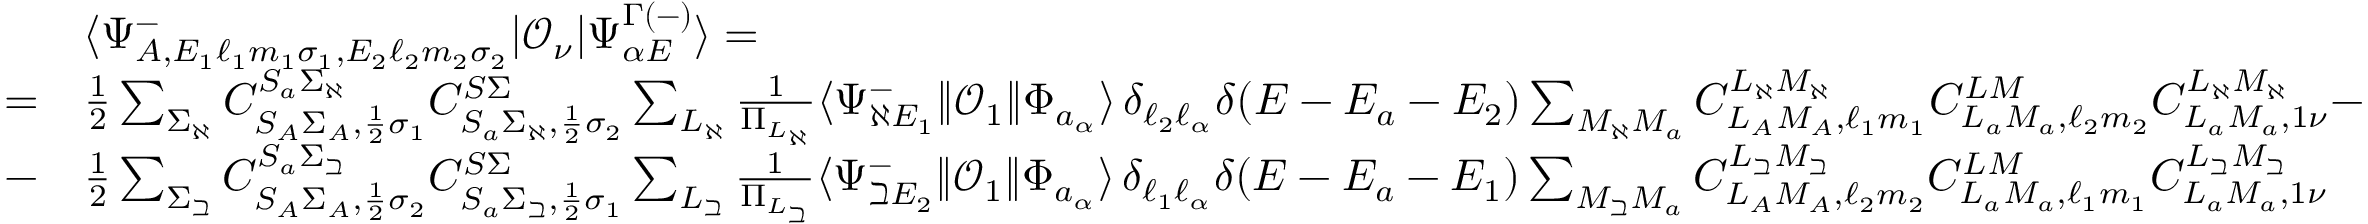
\begin{array} { r l } & { \langle \Psi _ { A , E _ { 1 } \ell _ { 1 } m _ { 1 } \sigma _ { 1 } , E _ { 2 } \ell _ { 2 } m _ { 2 } \sigma _ { 2 } } ^ { - } | \mathcal { O } _ { \nu } | \Psi _ { \alpha E } ^ { \Gamma ( - ) } \rangle = } \\ { = } & { \frac { 1 } { 2 } \sum _ { \Sigma _ { \aleph } } C _ { S _ { A } \Sigma _ { A } , \frac { 1 } { 2 } \sigma _ { 1 } } ^ { S _ { a } \Sigma _ { \aleph } } C _ { S _ { a } \Sigma _ { \aleph } , \frac { 1 } { 2 } \sigma _ { 2 } } ^ { S \Sigma } \sum _ { L _ { \aleph } } \frac { 1 } { \Pi _ { L _ { \aleph } } } \langle \Psi _ { \aleph E _ { 1 } } ^ { - } \| \mathcal { O } _ { 1 } \| \Phi _ { a _ { \alpha } } \rangle \, \delta _ { \ell _ { 2 } \ell _ { \alpha } } \delta ( E - E _ { a } - E _ { 2 } ) \sum _ { M _ { \aleph } M _ { a } } C _ { L _ { A } M _ { A } , \ell _ { 1 } m _ { 1 } } ^ { L _ { \aleph } M _ { \aleph } } C _ { L _ { a } M _ { a } , \ell _ { 2 } m _ { 2 } } ^ { L M } C _ { L _ { a } M _ { a } , 1 \nu } ^ { L _ { \aleph } M _ { \aleph } } - } \\ { - } & { \frac { 1 } { 2 } \sum _ { \Sigma _ { \beth } } C _ { S _ { A } \Sigma _ { A } , \frac { 1 } { 2 } \sigma _ { 2 } } ^ { S _ { a } \Sigma _ { \beth } } C _ { S _ { a } \Sigma _ { \beth } , \frac { 1 } { 2 } \sigma _ { 1 } } ^ { S \Sigma } \sum _ { L _ { \beth } } \frac { 1 } { \Pi _ { L _ { \beth } } } \langle \Psi _ { \beth E _ { 2 } } ^ { - } \| \mathcal { O } _ { 1 } \| \Phi _ { a _ { \alpha } } \rangle \, \delta _ { \ell _ { 1 } \ell _ { \alpha } } \delta ( E - E _ { a } - E _ { 1 } ) \sum _ { M _ { \beth } M _ { a } } C _ { L _ { A } M _ { A } , \ell _ { 2 } m _ { 2 } } ^ { L _ { \beth } M _ { \beth } } C _ { L _ { a } M _ { a } , \ell _ { 1 } m _ { 1 } } ^ { L M } C _ { L _ { a } M _ { a } , 1 \nu } ^ { L _ { \beth } M _ { \beth } } } \end{array}